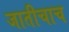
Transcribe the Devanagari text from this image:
जातीचाच